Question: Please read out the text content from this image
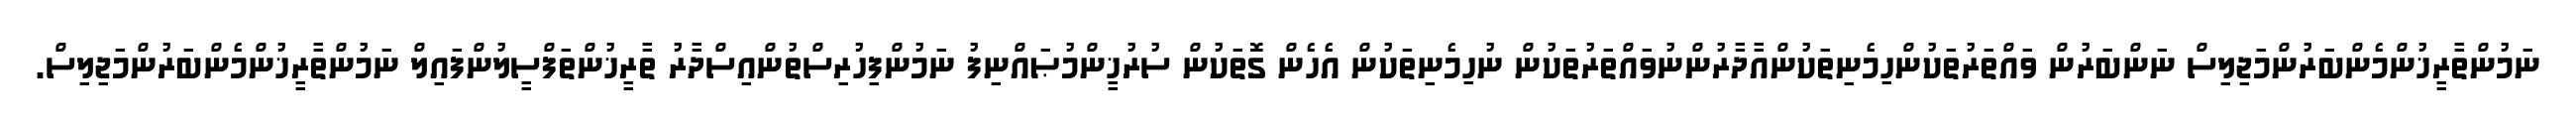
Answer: ނަމުންތާރީޚުންމެންބަރުންމަޖިލިސް ނަންބަރުން ވައްތަރުތަކުންހިމެނިތަކުންއާދާރުންނުވައްތަރުތަކުން ނުހިމެނިތަކުން އެހެން ގޮތަކުން ސުރުޚީންމުޞައްނިފު ނަމުންފިހުރިސްތުންއިސްދާރު ތާރީޚުންތަފްސީލުންފައިލް ނަމުންތާރީޚުންމެންބަރުންމަޖިލިސް.